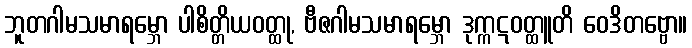
ဘူတဂါမသမာရမ္ဘော ပါစိတ္တိယဝတ္ထု, ဗီဇဂါမသမာရမ္ဘော ဒုက္ကဋဝတ္ထူတိ ဝေဒိတဗ္ဗော။